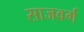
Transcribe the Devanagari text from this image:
साजवर्ग